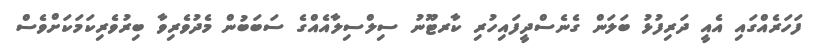
ފަހަރެއްގައި އެއީ ދަރިފުޅު ބަލަން ގެނެސްދީފައިހުރި ކާރޓޫނު ސިލްސިލާއެއްގެ ސަބަބުން މެދުވެރިވާ ބިރުވެރިކަމަކަށްވެސް